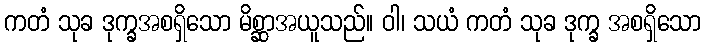
ကတံ သုခ ဒုက္ခအစရှိသော မိစ္ဆာအယူသည်။ ဝါ၊ သယံ ကတံ သုခ ဒုက္ခ အစရှိသော